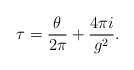
\begin{align*} \tau = \frac{\theta}{2\pi} + \frac{4\pi i}{g^{2}}.\end{align*}